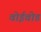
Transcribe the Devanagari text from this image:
वोईवोड